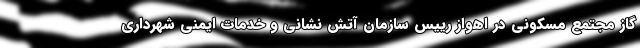
گاز مجتمع مسکونی در اهواز رییس سازمان آتش نشانی و خدمات ایمنی شهرداری